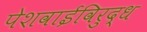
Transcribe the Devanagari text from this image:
पेशवाईविरुद्ध